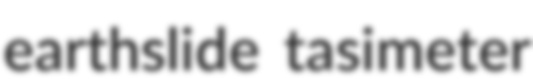
earthslide tasimeter